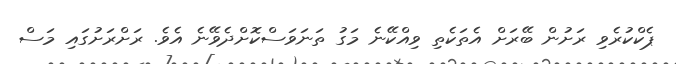
ޕެކްކުރެވި ރަށުން ބޭރަށް އެތަކެތި ވިއްކޭނެ މަގު ތަނަވަސްކޮށްދެވޭނެ އެވެ. ރަށްރަށުގައި މަސް